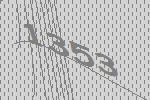
1353